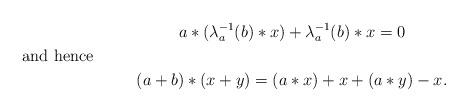
LaTeX: \begin{gather*}a*(\lambda_a^{-1}(b) *x)+ \lambda_a^{-1}(b)*x=0\shortintertext{and hence}(a+b)*(x+y)=(a*x)+x+(a*y)-x.\end{gather*}